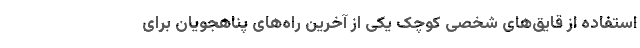
استفاده از قایق‌های شخصی کوچک یکی از آخرین راه‌های پناهجویان برای